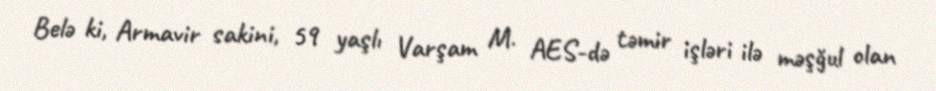
Belə ki, Armavir sakini, 59 yaşlı Varşam M. AES-də təmir işləri ilə məşğul olan